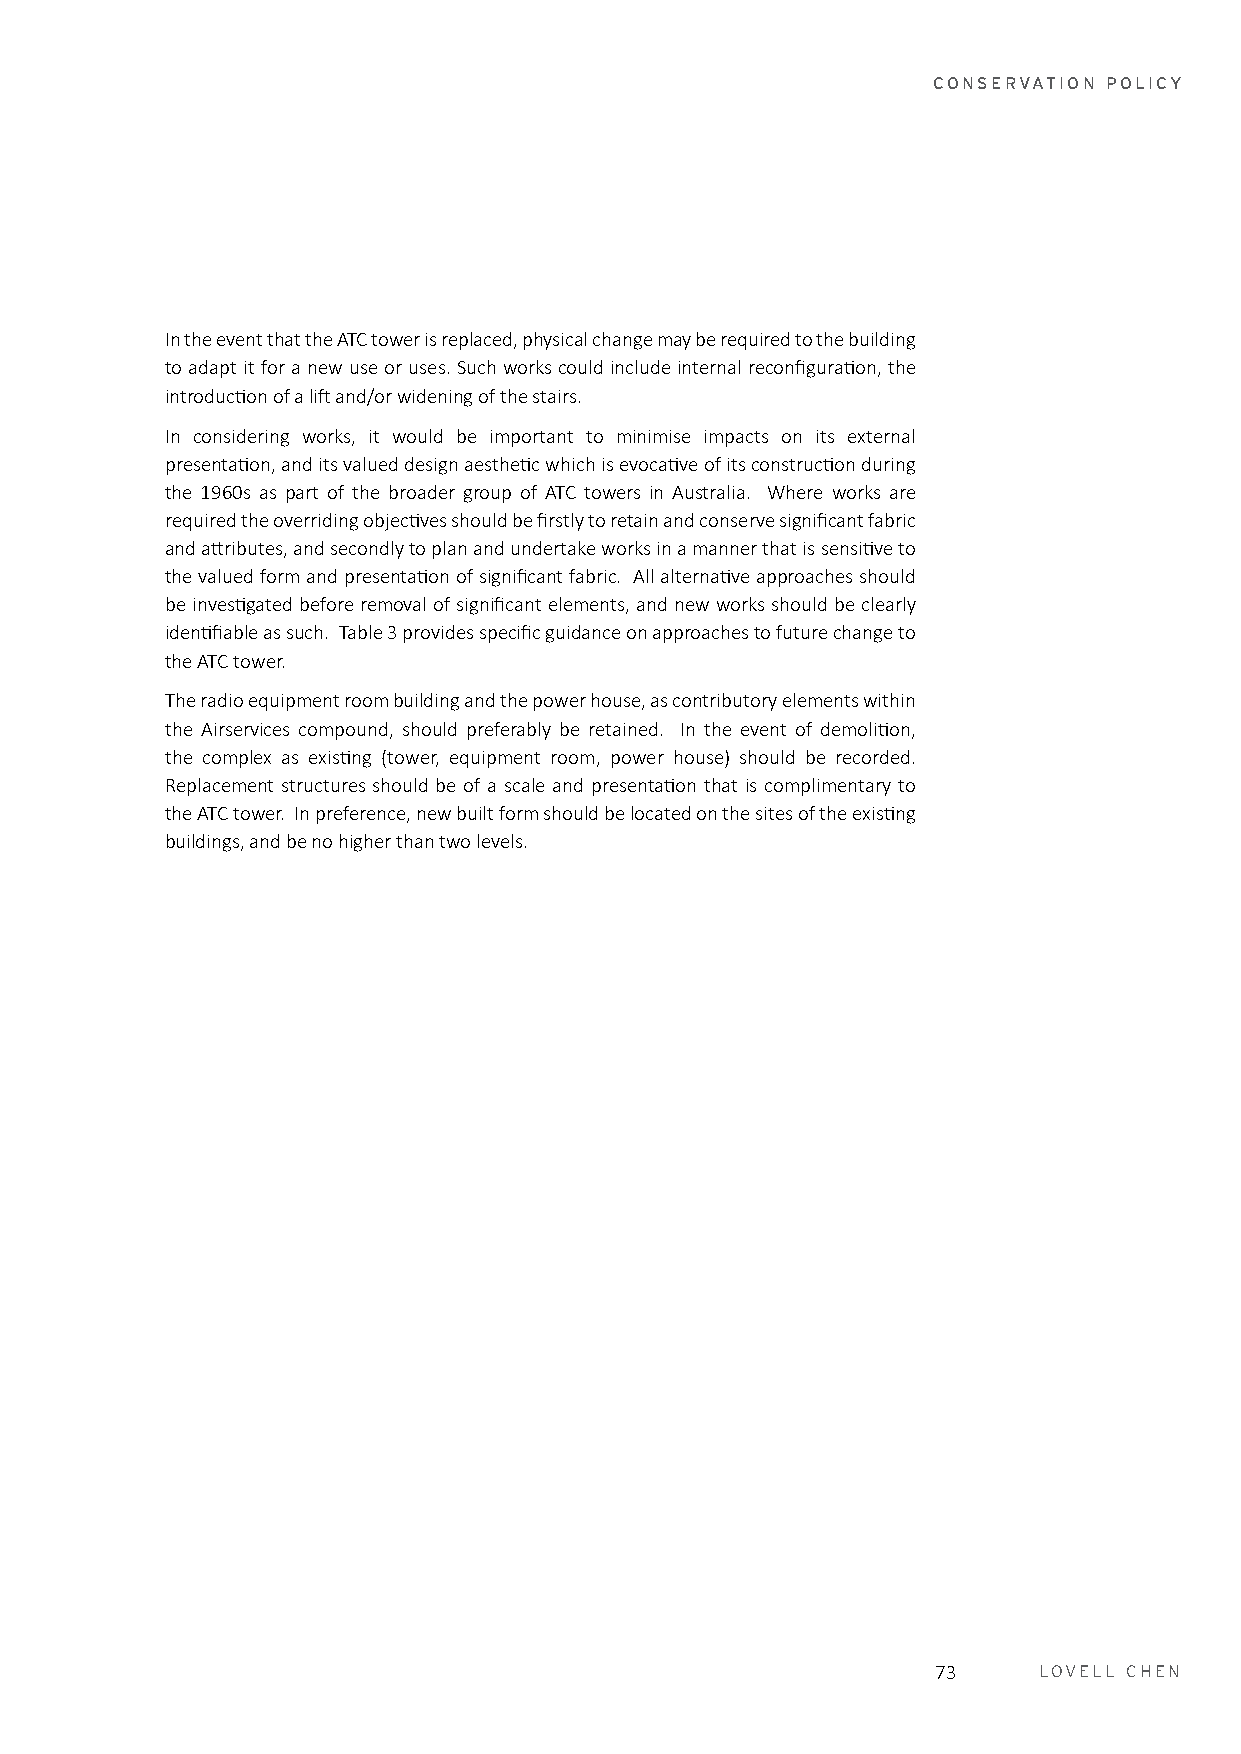
CONSERVATION POLICY
 In the event that the ATC tower is replaced, physical change may be required to the building
 to adapt it for a new use or uses. Such works could include internal reconfiguration, the
 introduction of a lift and/or widening of the stairs.
 In considering works, it would be important to minimise impacts on its external
 presentation, and its valued design aesthetic which is evocative of its construction during
 the 1960s as part of the broader group of ATC towers in Australia. Where works are
 required the overriding objectives should be firstly to retain and conserve significant fabric
 and attributes, and secondly to plan and undertake works in a manner that is sensitive to
 the valued form and presentation of significant fabric. All alternative approaches should
 be investigated before removal of significant elements, and new works should be clearly
 identifiable as such. Table 3 provides specific guidance on approaches to future change to
 the ATC tower.
 The radio equipment room building and the power house, as contributory elements within
 the Airservices compound, should preferably be retained. In the event of demolition,
 the complex as existing (tower, equipment room, power house) should be recorded.
 Replacement structures should be of a scale and presentation that is complimentary to
 the ATC tower. In preference, new built form should be located on the sites of the existing
 buildings, and be no higher than two levels.
 73     LOVELL CHEN